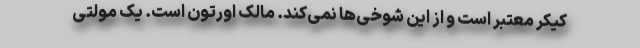
کیکر معتبر است و از این شوخی‌ها نمی‌کند. مالک اورتون است. یک مولتی